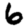
Digit: 6